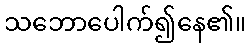
သဘောပေါက်၍နေ၏။